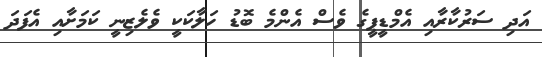
އަދި ސަރުކާރާއި އެމްޑީޕީގެ ވެސް އެންމެ ބޮޑު ހަލާކަކީ ވެލެޒިނީ ކަމަށާއި އެފަދަ